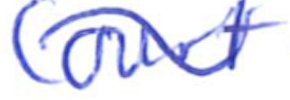
Text: Court
Cross-out: wave
Writing tool: ballpoint